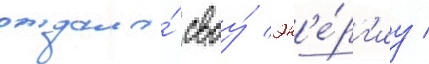
отдала́ своу́ эн'е́рг'иу /